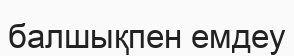
балшықпен емдеу